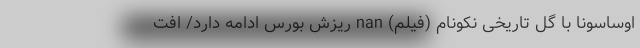
اوساسونا با گل تاریخی نکونام (فیلم) nan ریزش بورس ادامه دارد/ افت